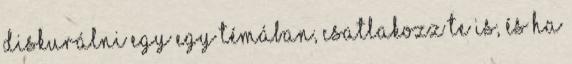
diskurálni egy egy témában, csatlakozz Te is, és ha